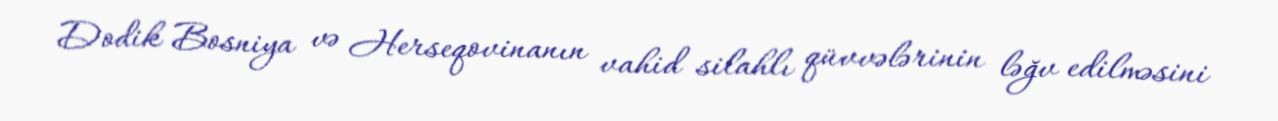
Dodik Bosniya və Herseqovinanın vahid silahlı qüvvələrinin ləğv edilməsini